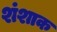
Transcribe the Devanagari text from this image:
शंशाक